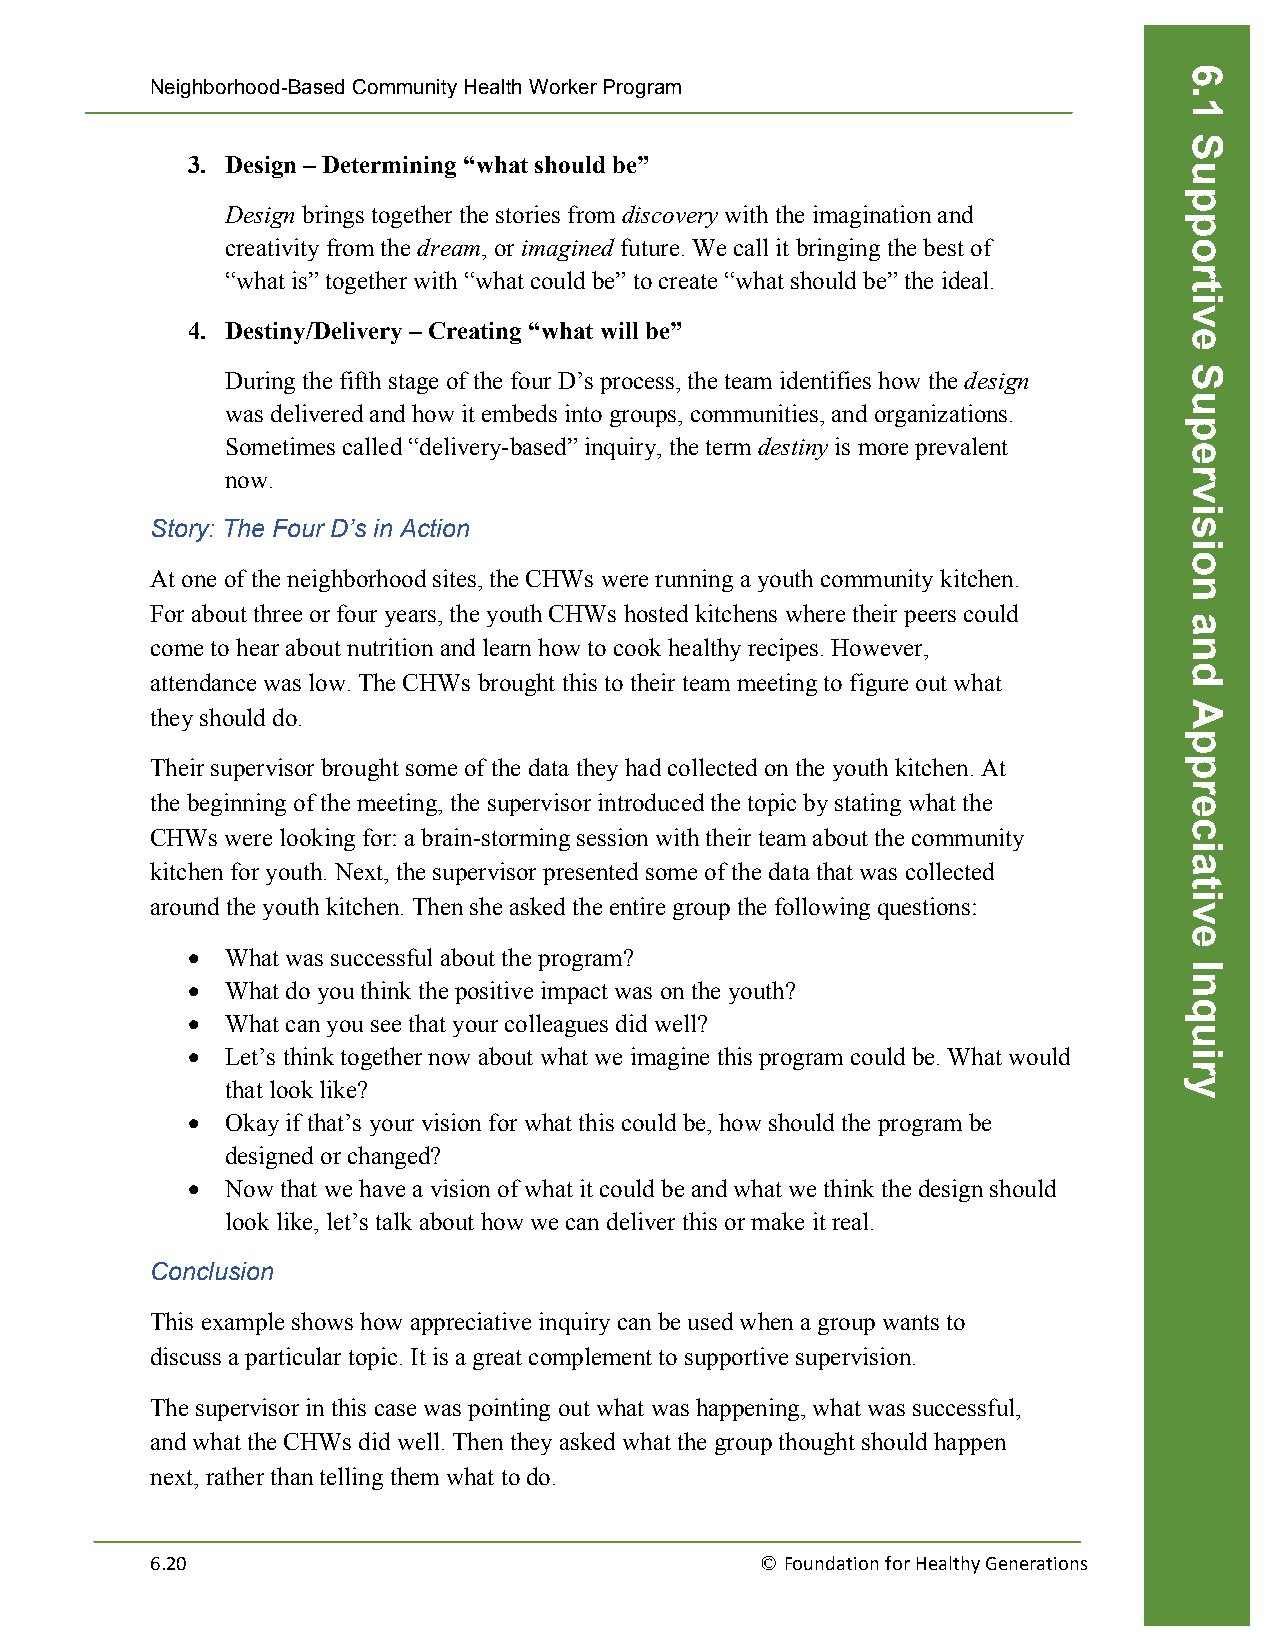
Neighborhood-Based Community Health Worker Program
 3. Design – Determining “what should be”
 Design brings together the stories from discovery with the imagination and
 creativity from the dream, or imagined future. We call it bringing the best of
 “what is” together with “what could be” to create “what should be” the ideal.
 4. Destiny/Delivery – Creating “what will be”
 During the fifth stage of the four D’s process, the team identifies how the design
 was delivered and how it embeds into groups, communities, and organizations.
 Sometimes called “delivery-based” inquiry, the term destiny is more prevalent
 now.
 Story: The Four D’s in Action
 At one of the neighborhood sites, the CHWs were running a youth community kitchen.
 For about three or four years, the youth CHWs hosted kitchens where their peers could
 come to hear about nutrition and learn how to cook healthy recipes. However,
 attendance was low. The CHWs brought this to their team meeting to figure out what
 they should do.
 Their supervisor brought some of the data they had collected on the youth kitchen. At
 the beginning of the meeting, the supervisor introduced the topic by stating what the
 CHWs were looking for: a brain-storming session with their team about the community
 kitchen for youth. Next, the supervisor presented some of the data that was collected
 around the youth kitchen. Then she asked the entire group the following questions:
 •  What was successful about the program?
 •  What do you think the positive impact was on the youth?
 •  What can you see that your colleagues did well?
 •  Let’s think together now about what we imagine this program could be. What would
 that look like?
 •  Okay if that’s your vision for what this could be, how should the program be
 designed or changed?
 •  Now that we have a vision of what it could be and what we think the design should
 look like, let’s talk about how we can deliver this or make it real.
 Conclusion
 This example shows how appreciative inquiry can be used when a group wants to
 discuss a particular topic. It is a great complement to supportive supervision.
 The supervisor in this case was pointing out what was happening, what was successful,
 and what the CHWs did well. Then they asked what the group thought should happen
 next, rather than telling them what to do.
 6.20                                    © Foundation for Healthy Generations
 6.1
 Supportive
 Supervision
 and
 Appreciative
 Inquiry